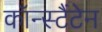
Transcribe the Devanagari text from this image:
कॉन्स्टैंटेन